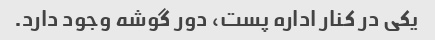
یکی در کنار اداره پست، دور گوشه وجود دارد.